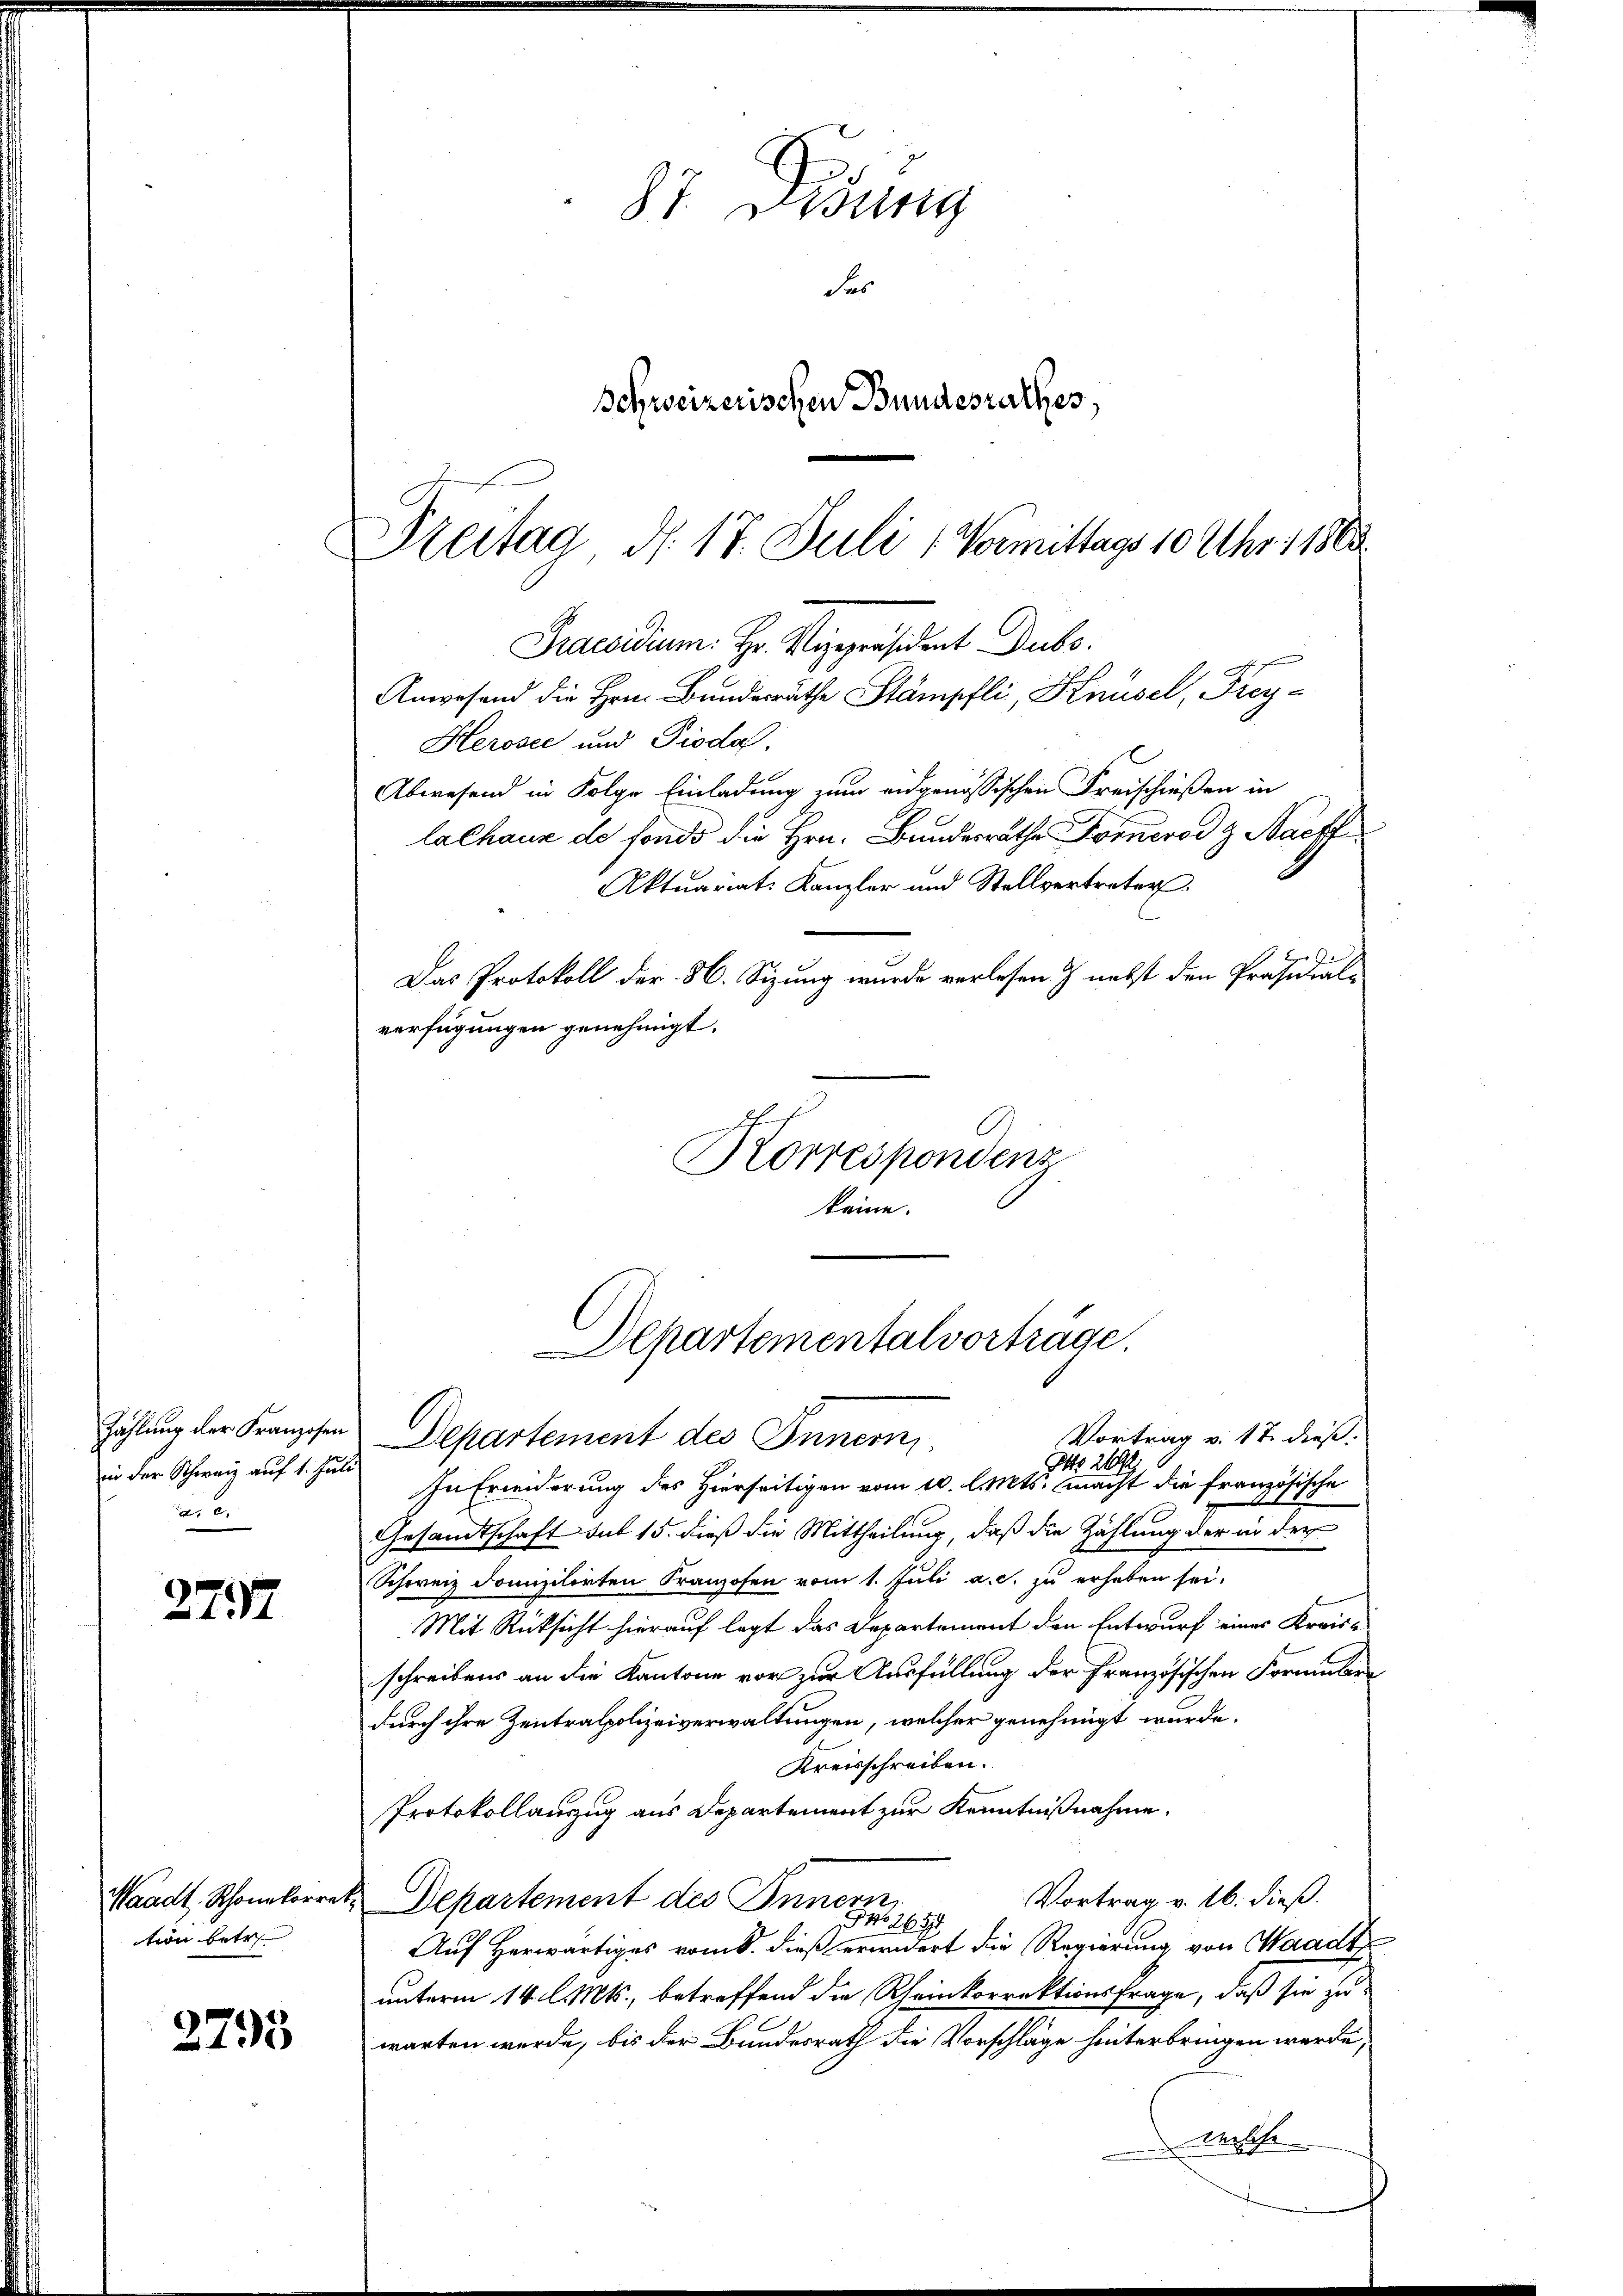
Zählung der Franzosen
in der Schweiz auf 1. Juli
dis be

27.12

Waadt. Schonkorre
tion betr

2795

Freitag, d. 17. Juli 1 Vormittags 10 Uhr 1863.
Praesidium: Hr. Vizepräsident Dubs
Anwesend die Hrn. Bundesräthe Stämpfli, Knüsel, Frey¬

Herosec und Pioda,
Abwesend in Folge Einladung zum eidgenössischen Freischießen in
lalhaus de fonds die Hrn. Bundesräthe Fornerod & Nacht
Aktuariat Kanzler und Stellvertreter
Das Protokoll der 86. Sizung wurde verlesen & nebst den Präsidial-
verfügungen genehmigt.
Korrespondenz
keine.

87. Dessing
Fas
Schweizerischen Bundesrathes,

Departementalvorträge

Vortrag v. 17. dieß.
Departement des Innern
Otto. 2192
In Erinderung des Hierseitigen vom 10. l. Mts. macht die französische
Gesandtschaft sub 15. dieß die Mittheilung, daß die Zählung der in der
Schweiz dannzilirten Franzosen vom 1. Juli a. c. zu erheben sei.
Mit Rücksicht hierauf legt das Departement den Entwurf einer Kreis-
schreibens an die Kantone vor zur Ausfüllung der Französischen Formulare
durch ihre Zentralpolizeiverwaltungen, welcher genehmigt wurde.
Kreisschreiben.
Protokollauszug aus Departement zur Kenntnißnahme.
Vortrag v. 16. dieß.
Departement des Innern,
26 27
94
Auf Herwärtiges vom k. dieß erwidert die Regierung von Waadt
unterm 14. Mts., betreffend die Rheinkorrektionsfrage, daß sie zu
warten werde, bis der Bundesrath die Vorschläge hinterbringen werde,
Wasche